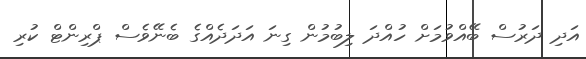
އަދި ދަރުސް ބޭއްވުމަށް ހުއްދަ ލިބުމުން ގިނަ އަދަދެއްގެ ބެނޭވެސް ޕްރިންޓް ކުރި